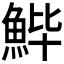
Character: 𱆬